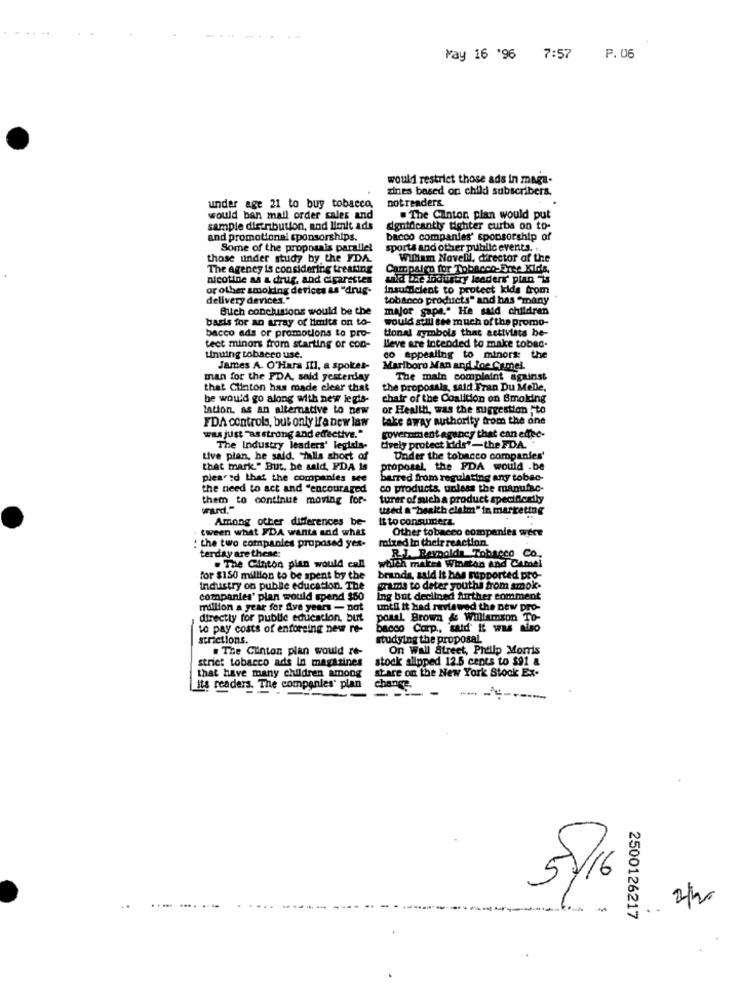
May 16 '96 7:57
P. 06
would restrict those ads in maga-
zines based on child subscribers,
notreaders.
under age 21 to buy tobacco,
would ban mail order cales and
. The Clinton plan would put
sample distribution, and limit ads
dignificantly fighter curbs on to-
and promotionel sponsorships.
bacco companies' sponsorship of
Some of the proposals parallel
sports and other public events. ...
those under study by the FDA.
William Novelll, director of the
The ageney is considering treating
Campaign for Tobacco-Dese Kids,
nicotine as a drug, and cigarettes
whid the industry leaders' plan Is
or other amolding devices as "drug-
insufficient to protect kids from
delivery devices."
tobacco products" and has "many
Buch conclusions would be the
major gape." He said children
basis for an array of limits on to-
would still see much of the promo-
bacco ads or promotions to pro-
tional symbols that activists be-
tect minors from starting or con-
Beve are intended to make tobac.
tinuing tobacco use.
co appealing to minors: the
James A. O'Hara III, a spokes-
Marlboro Man andHoe Camel
man for the FDA, sald yesterday
The main complaint against
that Clinton has made clear that
the proposals, said Fran Du MeDe.
he would go along with new legis-
chair of the Coalition on Smoking
lation, as an alternative to new
or Health, was the suggestion -to
take away authority from the one
FDA controls, but only If'a new law
was just "as strong and effective."
government agency that can effec-
tively protect kids"-the FDA ..
The Industry leaders' legisla-
Live pian, he said. falls short af
Under the tobacco companies'
that mark." But, he said, FDA Is
proposal, the FDA would .be
pieasd that the companies see
barred from regulating any tobac-
the need to act and "encouraged
co products, unless the manufac-
them to continue moving for-
turer of such a product specifically
used a"health claim" in marketing
Among other differences be-
It to consumers
. tween what FDA wants and what
Other tobacco companies were
mixed in their reaction.
: the two companies proposed yes-
terday are these:
R.J. Reynolds Tobacco Co .,
. The Clinton plan would call
which makes Winston and Camel
for $150 million to be spent by the
brands, said it bes supported pro-
industry on public education. The
gamle to deter youths from smok.
companies' plan would spend $60
Ing but declined further comment
million a year for five years - not
until it had reviewed the new pro
directly for public education, but
pourL Brown & Williamson T
to pay costs of enforcing new re-
bacco Corp ., said' it was also
strictions.
studying the proposal.
. The Clinton plan would re-
On Wall Street, Phtilp Morris
strict tobacco ads In magazines
stock slipped 12.5 cents to $91 &
that have many children among
stare on the New York Stock Ex.
its readers. The companies' plan
change.
6
.. 2/h
2500126217